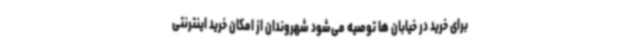
برای خرید در خیابان ها توصیه می‌شود شهروندان از امکان خرید اینترنتی